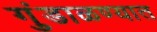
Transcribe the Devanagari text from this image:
गुंडाळण्यात